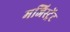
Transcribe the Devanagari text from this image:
मजिस्ट्रेंट